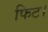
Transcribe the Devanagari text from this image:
फिट।